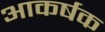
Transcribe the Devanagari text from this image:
आकर्षक